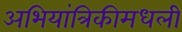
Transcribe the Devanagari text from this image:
अभियांत्रिकीमधली